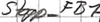
Text: Stopp_FB1